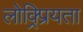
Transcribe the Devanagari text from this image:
लोक्र्प्रियता